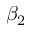
\beta _ { 2 }